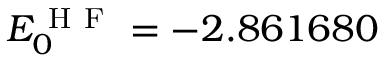
E _ { 0 } ^ { \mathrm { ~ H ~ F ~ } } = - 2 . 8 6 1 6 8 0